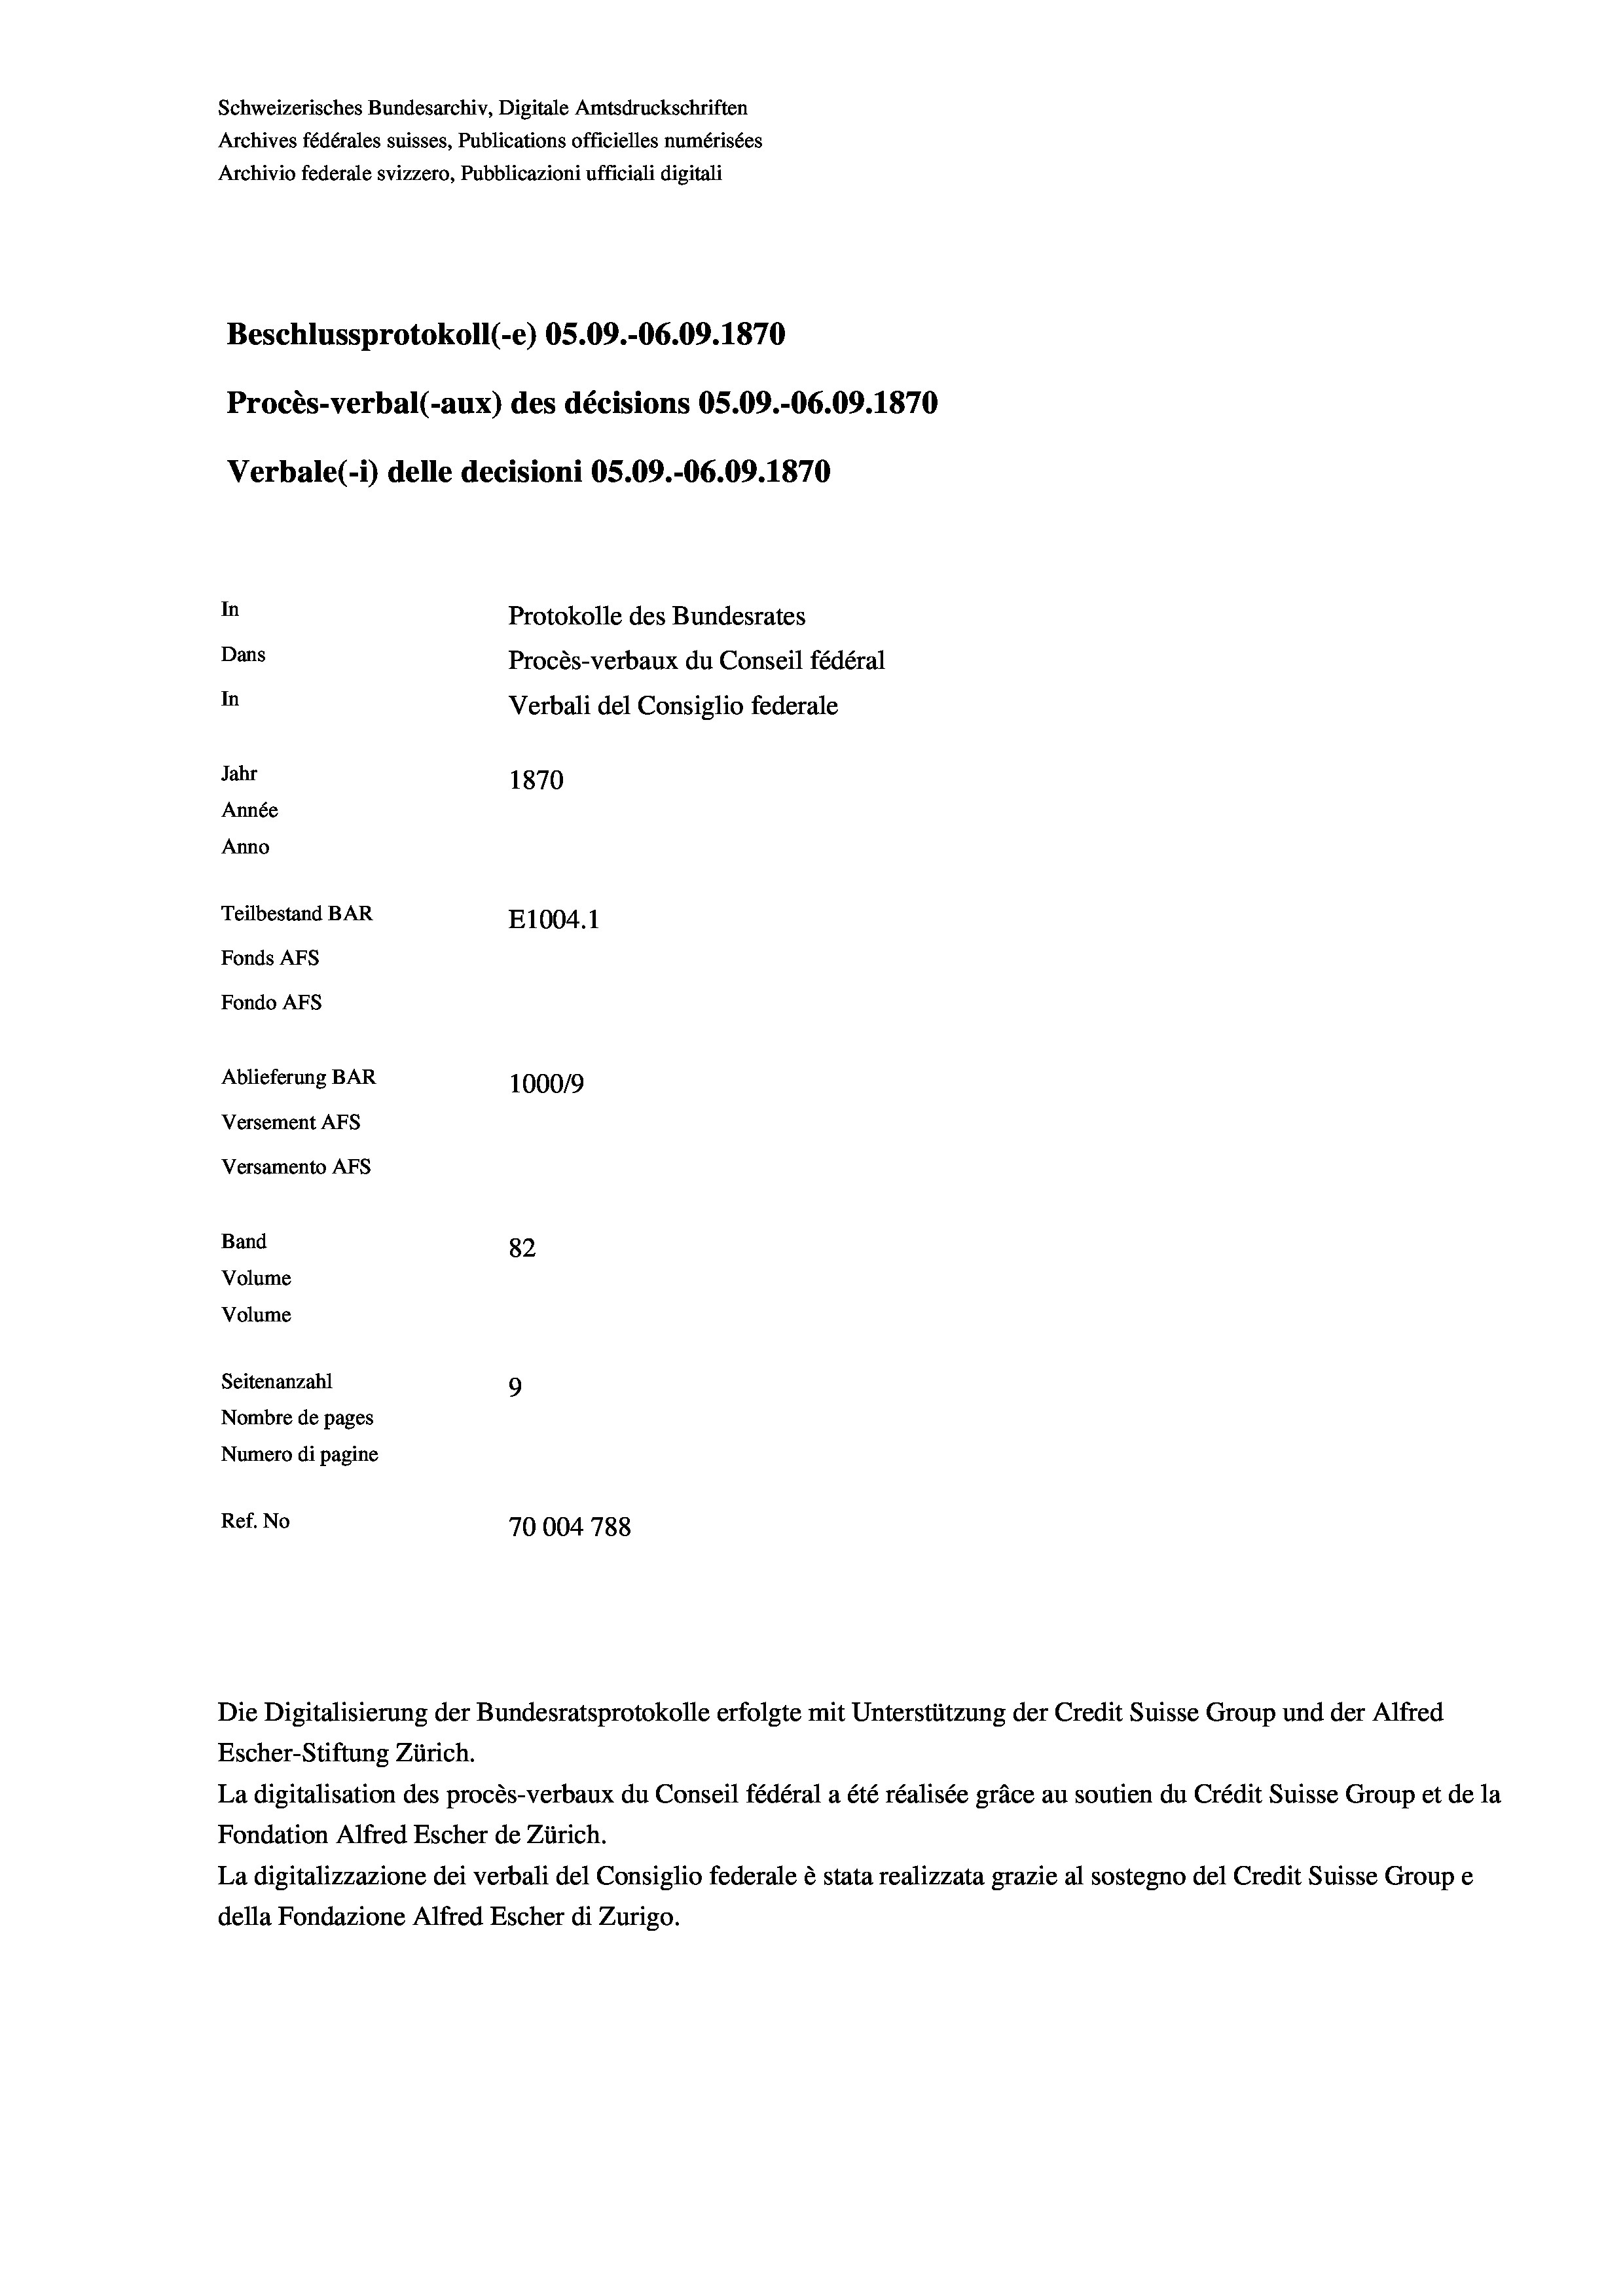
Schweizerisches Bundesarchiv, Digitale Amtsdruckschriften
Archives fédérales suisses, Publications officielles numérisées
Archivio federale svizzero, Pubblicazioni ufficiali digitali
Beschlussprotokoll (-e) 05.09.-06.09. 1870
Procès-verbal (-aux) des décisions OS.09.-06.09. 1870
Verbale(*) delle decisioni OS.09.-06.09. 1870
In
Protokolle des Bundesrates
Dans
Procès-verbaux du Conseil fédéral
In
Verbali del Consiglio federale
Jahr
1870
Année
Anno
Teilbestand BAR
E1004.1
Fonds AEs
Fondo Afs
Ablieferung BAR
100019
Versement AFs
Versamento Afs

82
Seitenanzahl
9
Nombre de pages
Numero di pagine
Ref. No
70004 788

Band
Volume
Volume

Escher-Stiftung Zürich.
La digitalisation des procès-verbaux du Conseil fédéral a été réalisée gräce au soutien du Crédit Suisse Group et de la
Fondation Alfred Escher de Zürich.
La digitalizzazione dei verbali del Consiglio federale è stata realizzata grazie al sostegno del Credit Suisse Groupe
della Fondazione Alfred Escher di Zurigo.

Die Digitalisierung der Bundesratsprotokolle erfolgte mit Unterstützung der Credit Suisse Group und der Alfred